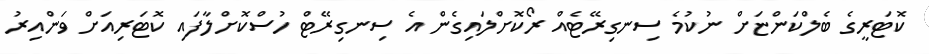
ކޮޓަރީގެ ބެލްކަންޏަށް ނުކުމެ ސިނގިރޭޓެއް ރޯކޮށްލައިގެން އެ ސިނގިރޭޓް ހުސްކޮށްލާފައި ކޮޓަރިއަށް ވަންއިރު